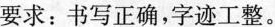
要求：书写正确，字迹工整。